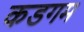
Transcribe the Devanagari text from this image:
कडगम